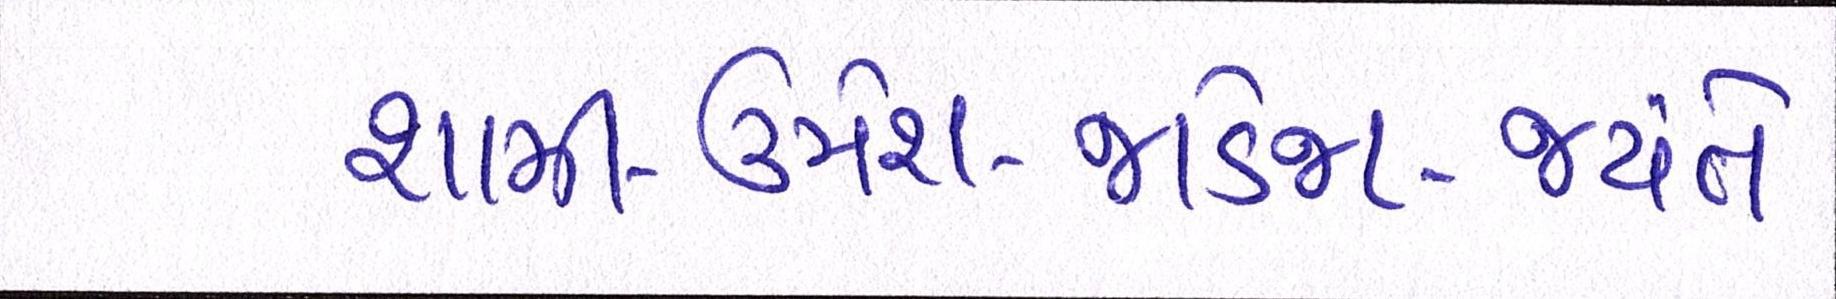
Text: શામી-ઉમેશ-જાડેજા-જયંતે